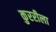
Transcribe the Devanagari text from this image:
कुररीला